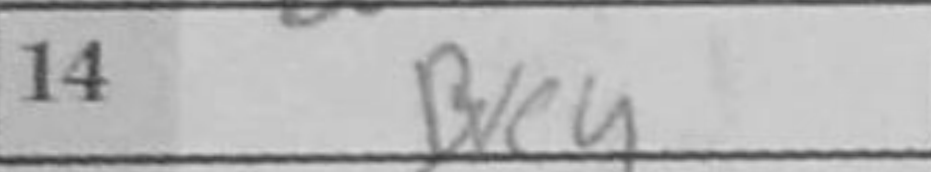
Transcription: Bxe4